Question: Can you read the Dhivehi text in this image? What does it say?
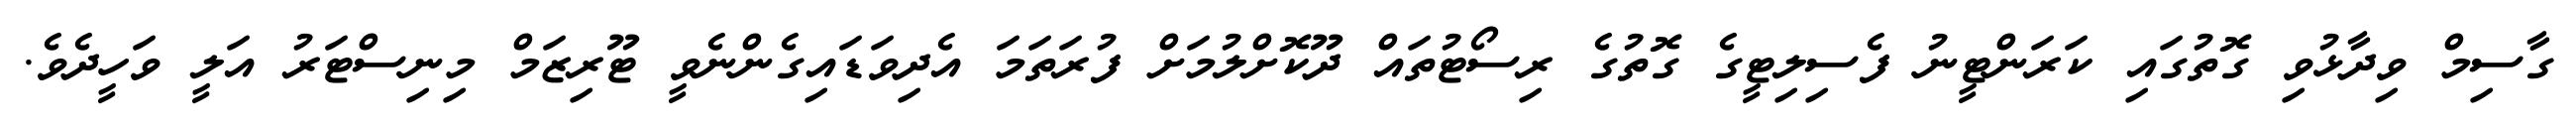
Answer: ގާސިމް ވިދާޅުވި ގޮތުގައި ކަރަންޓީނު ފެސިލިޓީގެ ގޮތުގެ ރިސޯޓުތައް ދޫކޮށްލުމަށް ފުރަތަމަ އެދިވަޑައިގެންނެވީ ޓޫރިޒަމް މިނިސްޓަރު އަލީ ވަހީދެވެ.